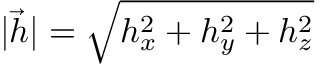
| { \vec { h } } | = \sqrt { h _ { x } ^ { 2 } + h _ { y } ^ { 2 } + h _ { z } ^ { 2 } }